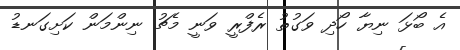
އެ ބޯޅަ ނިޔާ ހޯދި ވަގުތު ރެފްރީ ވަނީ މެޗު ނިންމަން ކަށިގަނޑު